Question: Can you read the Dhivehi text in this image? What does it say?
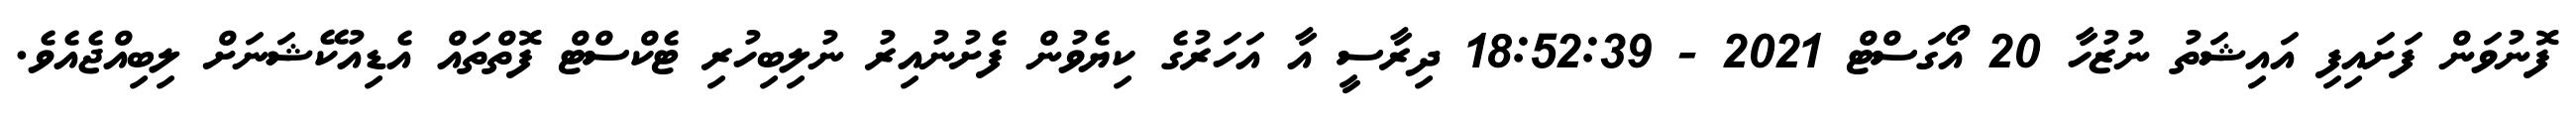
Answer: ފޮނުވަން ފަށައިފި އައިޝަތު ނުޒުހާ 20 އޯގަސްޓް 2021 - 18:52:39 ދިރާސީ އާ އަހަރުގެ ކިޔެވުން ފެށުނުއިރު ނުލިބިހުރި ޓެކްސްޓް ފޮތްތައް އެޑިއުކޭޝަނަށް ލިބިއްޖެއެވެ.